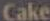
Cake